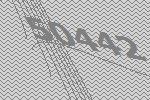
50442